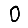
Digit: 0